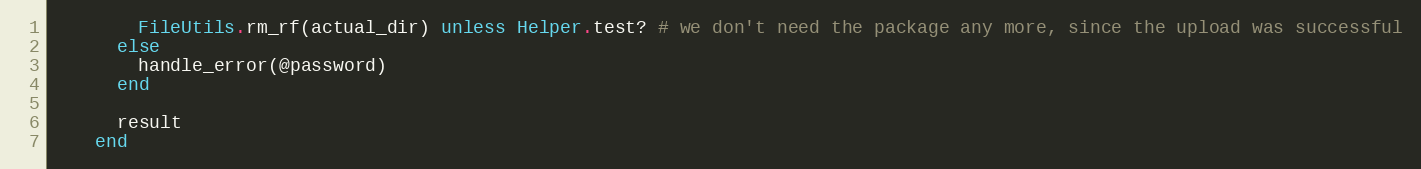
Language: Ruby
        FileUtils.rm_rf(actual_dir) unless Helper.test? # we don't need the package any more, since the upload was successful
      else
        handle_error(@password)
      end

      result
    end